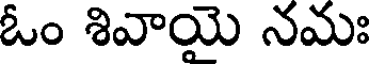
ఓం శివాయై నమః